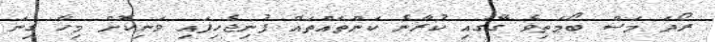
ރޯދަ މަސް ބޯމަތިވެ ގޭގައި ކުރާނެ ކަންތައްތައް ފުނިޖެހިފައި ވަނިކޮށް މިހާ ގިނަ